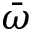
\bar { \omega }